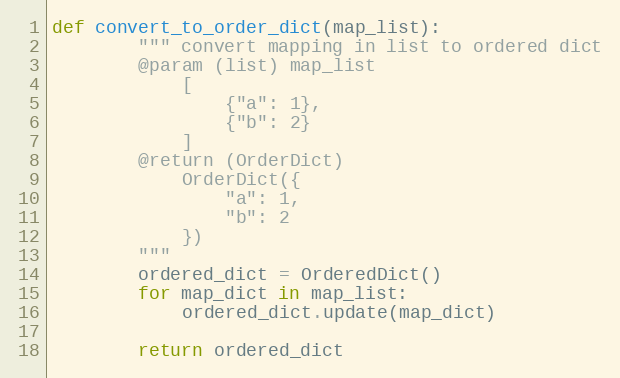
Language: Python
def convert_to_order_dict(map_list):
        """ convert mapping in list to ordered dict
        @param (list) map_list
            [
                {"a": 1},
                {"b": 2}
            ]
        @return (OrderDict)
            OrderDict({
                "a": 1,
                "b": 2
            })
        """
        ordered_dict = OrderedDict()
        for map_dict in map_list:
            ordered_dict.update(map_dict)

        return ordered_dict